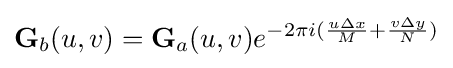
\mathbf {G} _{b}(u,v)=\mathbf {G} _{a}(u,v)e^{-2\pi i({\frac {u\Delta x}{M}}+{\frac {v\Delta y}{N}})}